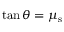
\tan { \theta } = \mu _ { \mathrm { s } }